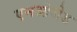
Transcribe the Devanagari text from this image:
एमओजेड